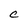
Character: C